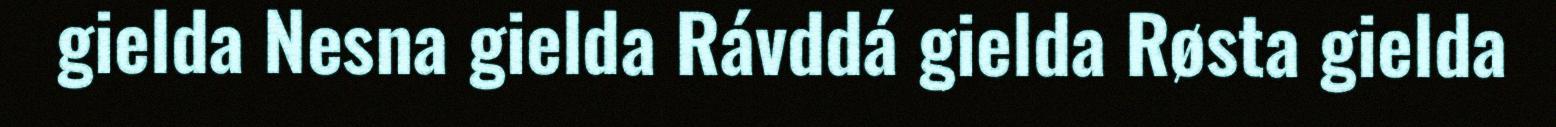
gielda Nesna gielda Rávddá gielda Røsta gielda